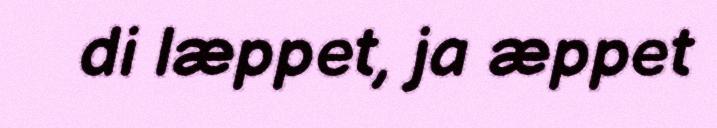
di læppet, ja æppet